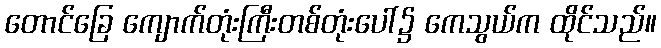
တောင်ခြေ ကျောက်တုံးကြီးတစ်တုံးပေါ်၌ ကေသွယ်က ထိုင်သည်။